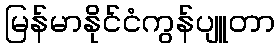
မြန်မာနိုင်ငံကွန်ပျူတာ